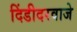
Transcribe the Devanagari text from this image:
दिंडीदरवाजे